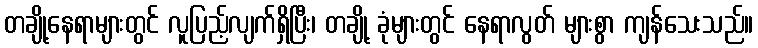
တချို့နေရာများတွင် လူပြည့်လျက်ရှိပြီး၊ တချို့ ခုံများတွင် နေရာလွတ် များစွာ ကျန်သေးသည်။